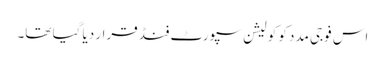
اس فوجی مدد کو کولیشن سپورٹ فنڈ قرار دیا گیا تھا۔